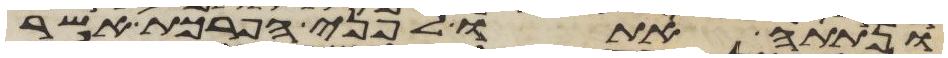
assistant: ונתתה אתו לפני הפרכת אשר